Indian journal of veterinary science and animal husbandry - Volume 3,
Year: 1933
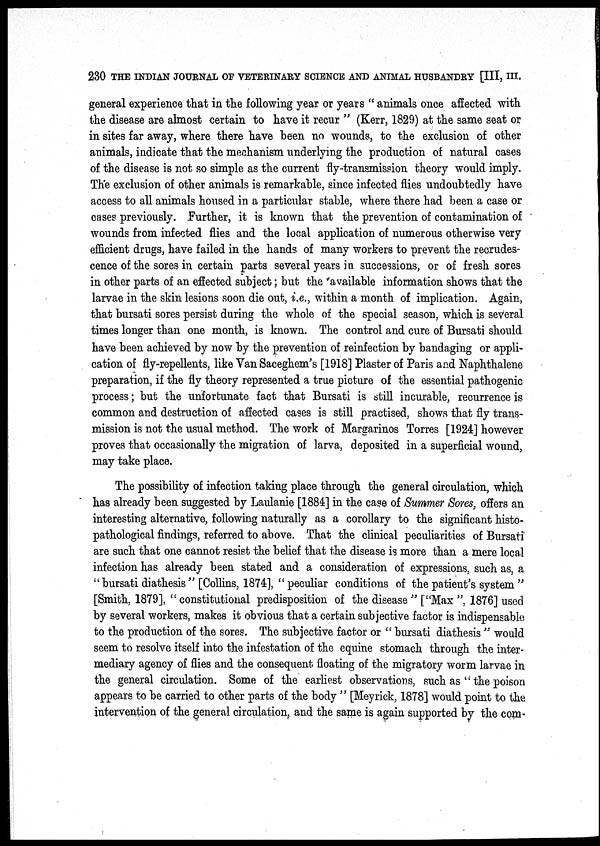
230 THE INDIAN JOURNAL OF VETERINARY SCIENCE AND ANIMAL HUSBANDRY [III, III.
general experience that in the following year or years " animals once affected with
the disease are almost certain to have it recur " (Kerr, 1829) at the same seat or
in sites far away, where there have been no wounds, to the exclusion of other
animals, indicate that the mechanism underlying the production of natural cases
of the disease is not so simple as the current fly-transmission theory would imply.
The exclusion of other animals is remarkable, since infected flies undoubtedly have
access to all animals housed in a particular stable, where there had been a case or
cases previously. Further, it is known that the prevention of contamination of
wounds from infected flies and the local application of numerous otherwise very
efficient drugs, have failed in the hands of many workers to prevent the recrudes-
cence of the sores in certain parts several years in successions, or of fresh sores
in other parts of an effected subject; but the available information shows that the
larvae in the skin lesions soon die out, i.e., within a month of implication. Again,
that bursati sores persist during the whole of the special season, which is several
times longer than one month, is known. The control and cure of Bursati should
have been achieved by now by the prevention of reinfection by bandaging or appli-
cation of fly-repellents, like Van Saceghem's [1918] Plaster of Paris and Naphthalene
preparation, if the fly theory represented a true picture of the essential pathogenic
process; but the unfortunate fact that Bursati is still incurable, recurrence is
common and destruction of affected cases is still practised, shows that fly trans-
mission is not the usual method. The work of Margarinos Torres [1924] however
proves that occasionally the migration of larva, deposited in a superficial wound,
may take place.
The possibility of infection taking place through the general circulation, which
has already been suggested by Laulanie [1884] in the case of Summer Sores, offers an
interesting alternative, following naturally as a corollary to the significant histo-
pathological findings, referred to above. That the clinical peculiarities of Bursati
are such that one cannot resist the belief that the disease is more than a mere local
infection has already been stated and a consideration of expressions, such as, a
" bursati diathesis " [Collins, 1874], " peculiar conditions of the patient's system "
[Smith, 1879], " constitutional predisposition of the disease " ["Max ", 1876] used
by several workers, makes it obvious that a certain subjective factor is indispensable
to the production of the sores. The subjective factor or " bursati diathesis " would
seem to resolve itself into the infestation of the equine stomach through the inter-
mediary agency of flies and the consequent floating of the migratory worm larvae in
the general circulation. Some of the earliest observations, such as " the poison
appears to be carried to other parts of the body " [Meyrick, 1878] would point to the
intervention of the general circulation, and the same is again supported by the com-